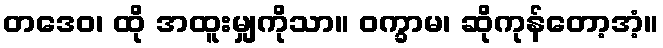
တဒေဝ၊ ထို အထူးမျှကိုသာ။ ဝက္ခာမ၊ ဆိုကုန်တော့အံ့။